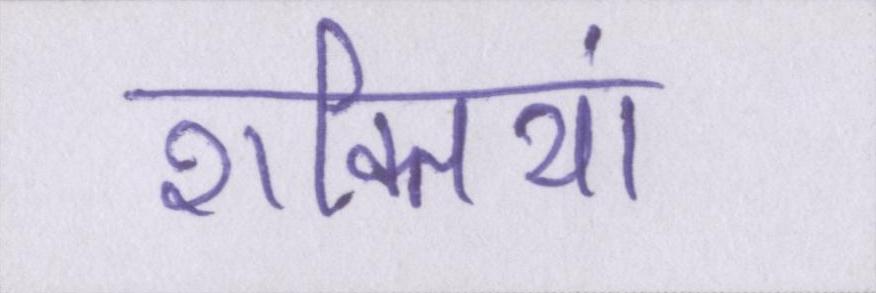
शक्तियां